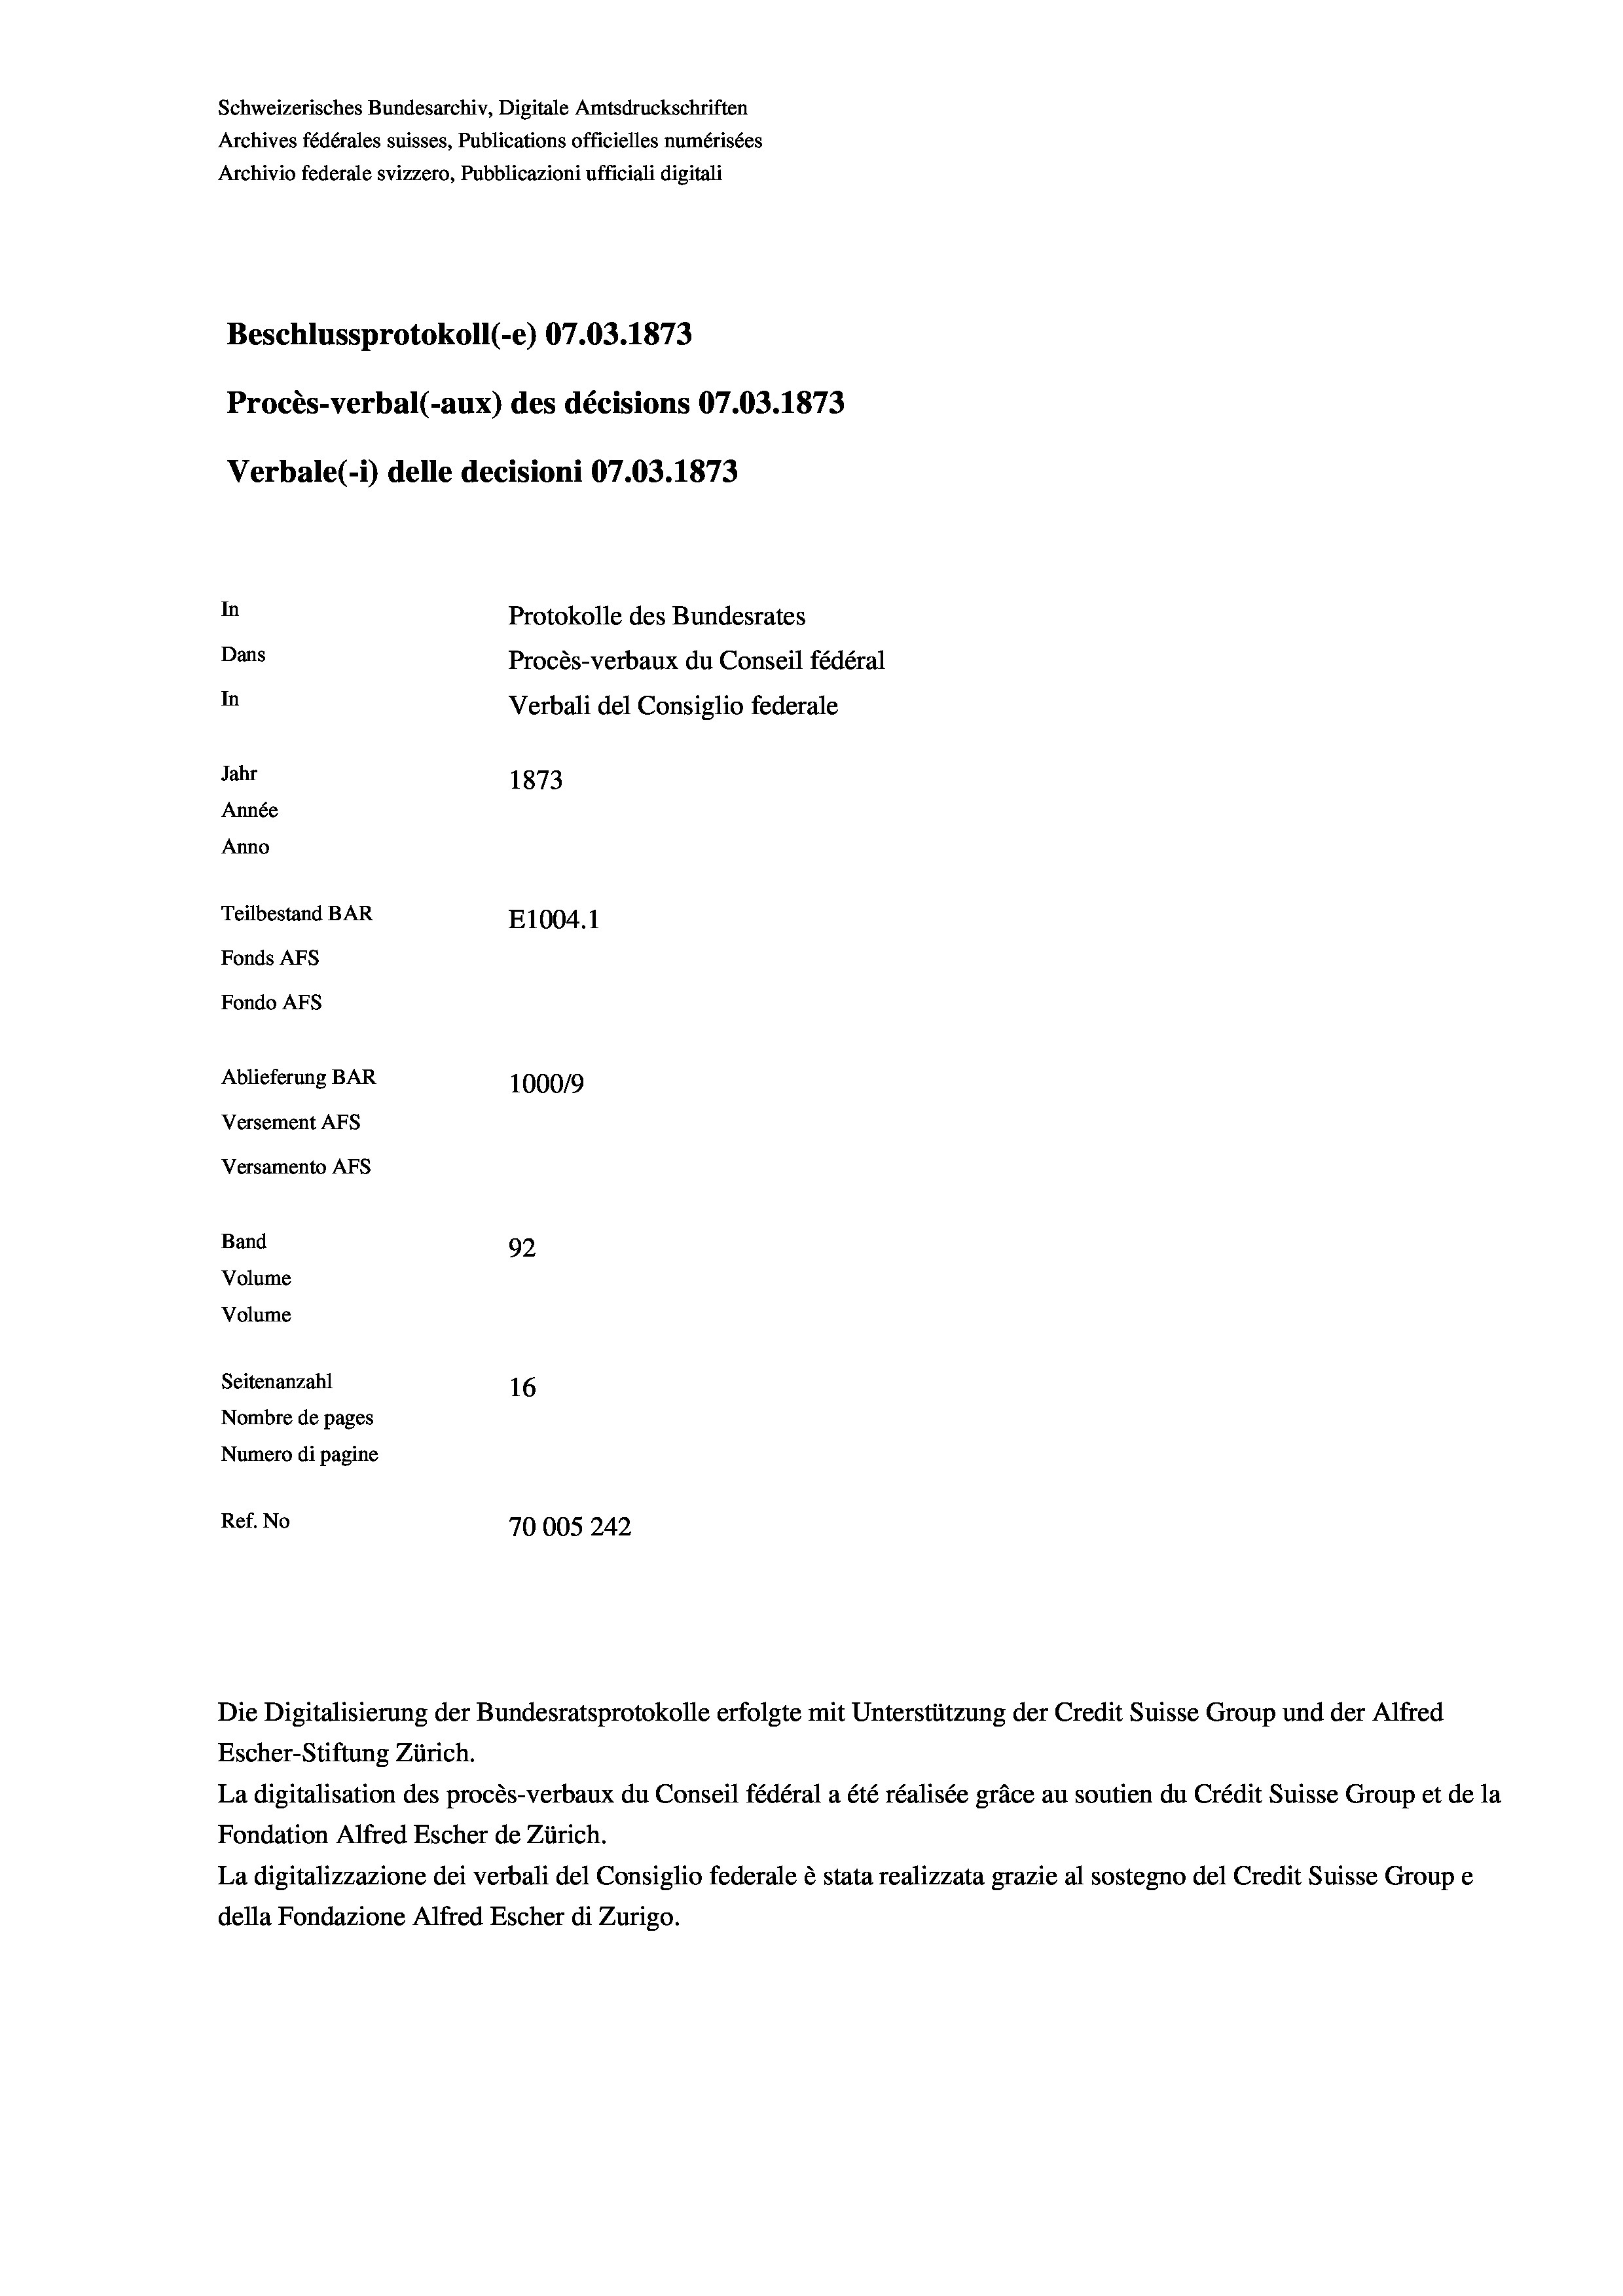
Schweizerisches Bundesarchiv, Digitale Amtsdruckschriften
Archives fédérales suisses, Publications officielles numérisées
Archivio federale svizzero, Pubblicazioni ufficiali digitali
Beschlussprotokoll (-e) 07.03. 1873
Procès-verbal (-aux) des décisions 07.03. 1873
Verbale (- 1) delle decisioni 07.03. 1873
In
Protokolle des Bundesrates
Dans
Procès-verbaux du Conseil fédéral
In
Verbali del Consiglio federale
Jahr
1873
Année
Anno
Teilbestand BAR
E1004. 1
Fonds Afs
Fondo AFs
Ablieferung BAR
1000/9
Versement Abs
Versamento Afs
Band
92
Volume
Volume

Seitenanzahl
16
Nombre de pages
Numero di pagine
Ref. No
70005 242

La digitalisation des procès-verbaux du Conseil fédéral a été réalisée gräce au soutien du Crédit Suisse Group et de la
Fondation Alfred Escher de Zürich.
La digitalizzazione dei verbali del Consiglio federale è stata realizzata grazie al sostegno del Credit Suisse Groupe
della Fondazione Alfred Escher di Zurigo.

Escher-Stiftung Zürich.

Die Digitalisierung der Bundesratsprotokolle erfolgte mit Unterstützung der Credit Suisse Group und der Alfred